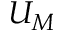
U _ { M }